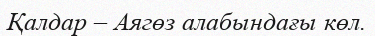
Қалдар – Аягөз алабындағы көл.